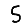
Digit: 5